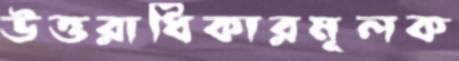
উত্তরাধিকারমূলক